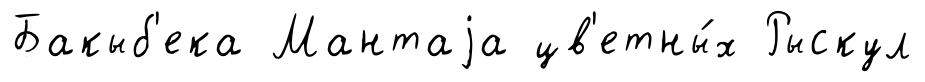
Бакыб'ека Мантаjа цв'етны́х Рыскул